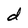
Character: d